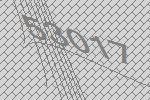
53017